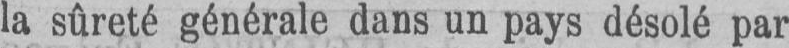
la sûreté générale dans un pays désolé par